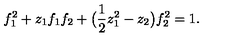
f _ { 1 } ^ { 2 } + z _ { 1 } f _ { 1 } f _ { 2 } + \big ( { \frac { 1 } { 2 } } z _ { 1 } ^ { 2 } - z _ { 2 } \big ) f _ { 2 } ^ { 2 } = 1 .